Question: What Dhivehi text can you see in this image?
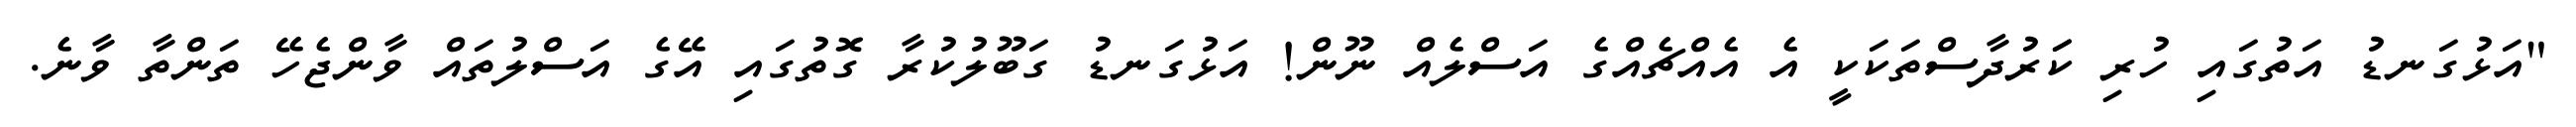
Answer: "އަޅުގަނޑު އަތުގައި ހުރި ކަަރުދާސްތަކަކީ އެ އެއްޗެއްގެ އަސްލެއް ނޫން! އަޅުގަނޑު ގަބޫލުކުރާ ގޮތުގައި އޭގެ އަސްލުތައް ވާންޖެހޭ ތަންތާ ވާނެ.